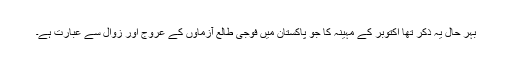
بہر حال یہ ذکر تھا اکتوبر کے مہینہ کا جو پاکستان میں فوجی طالع آزماوں کے عروج اور زوال سے عبارت ہے۔